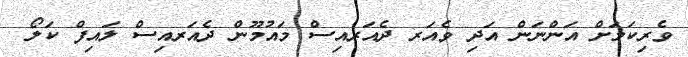
ވެރިކަމަށް އަންނަން އަދި ވެއަރ ދެއަރއިސް މައުމޫން ދެއަރއިސް ލައިފް ކަލޯ